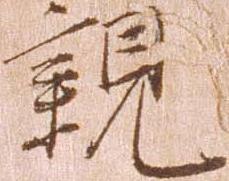
親